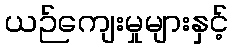
ယဉ်ကျေးမှုများနှင့်